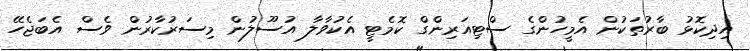
އިދިކޮޅު ބާރުތަކުން އެމީހުންގެ ސްޓިއަރިންގް ކޮމެޓީ އެކުވާލާ އުސޫލުން މިސަރުކާރުން ވެސް އެބަޖެހޭ